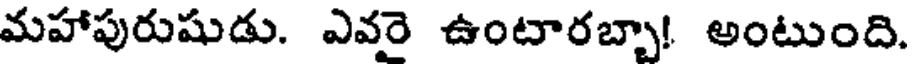
మహాపురుషుడు. ఎవరై ఉంటారబ్బా! అంటుంది.